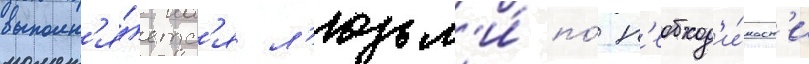
выполн'я́етс'я л'юдьм'и́ по́ н'еобход'и́мост'и